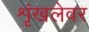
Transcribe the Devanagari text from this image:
शृंखलेवर